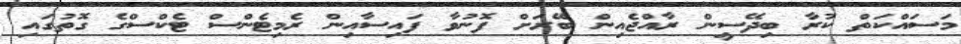
މަސައްކަތް ކުރާ ބިދޭސީން ރާއްޖެއިން ބޭރަށް ފޮނުވާ ފައިސާއިން ރެމިޓެންސް ޓެކްސްގެ ގޮތުގައި